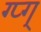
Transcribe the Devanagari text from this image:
ग्प्ग्